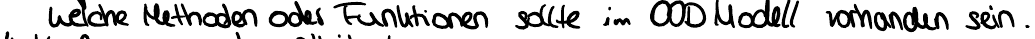
Welche Methoden oder Funktionen sollte im OOD Modell vorhanden sein.